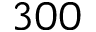
3 0 0